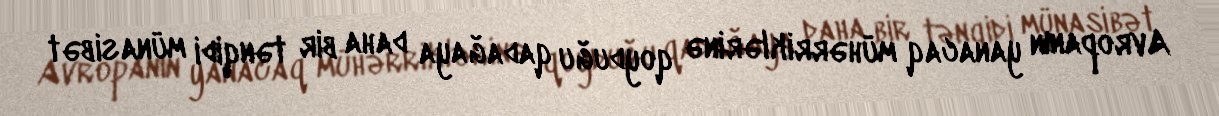
Avropanın yanacaq mühərriklərinə qoyduğu qadağaya daha bir tənqidi münasibət